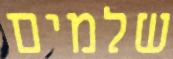
שלמים